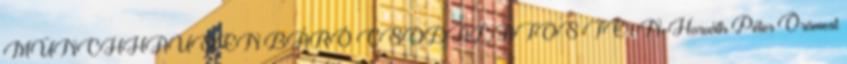
MÜNCHHAUSEN BÁRÓ CSODÁLATOS TE 1 N. Horváth Péter Örömest